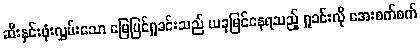
ဆီးနှင်းဖုံးလွှမ်းသော မြေပြင်ရှုခင်းသည် ယခုမြင်နေရသည့် ရှုခင်းလို အေးစက်စက်